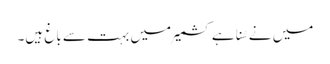
میں نے سُنا ہے کشمیر میں بہت سے باغ ہیں۔